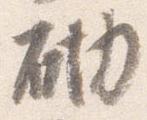
砌